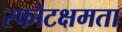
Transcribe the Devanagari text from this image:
स्फोटक्षमता